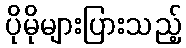
ပိုမိုများပြားသည့်